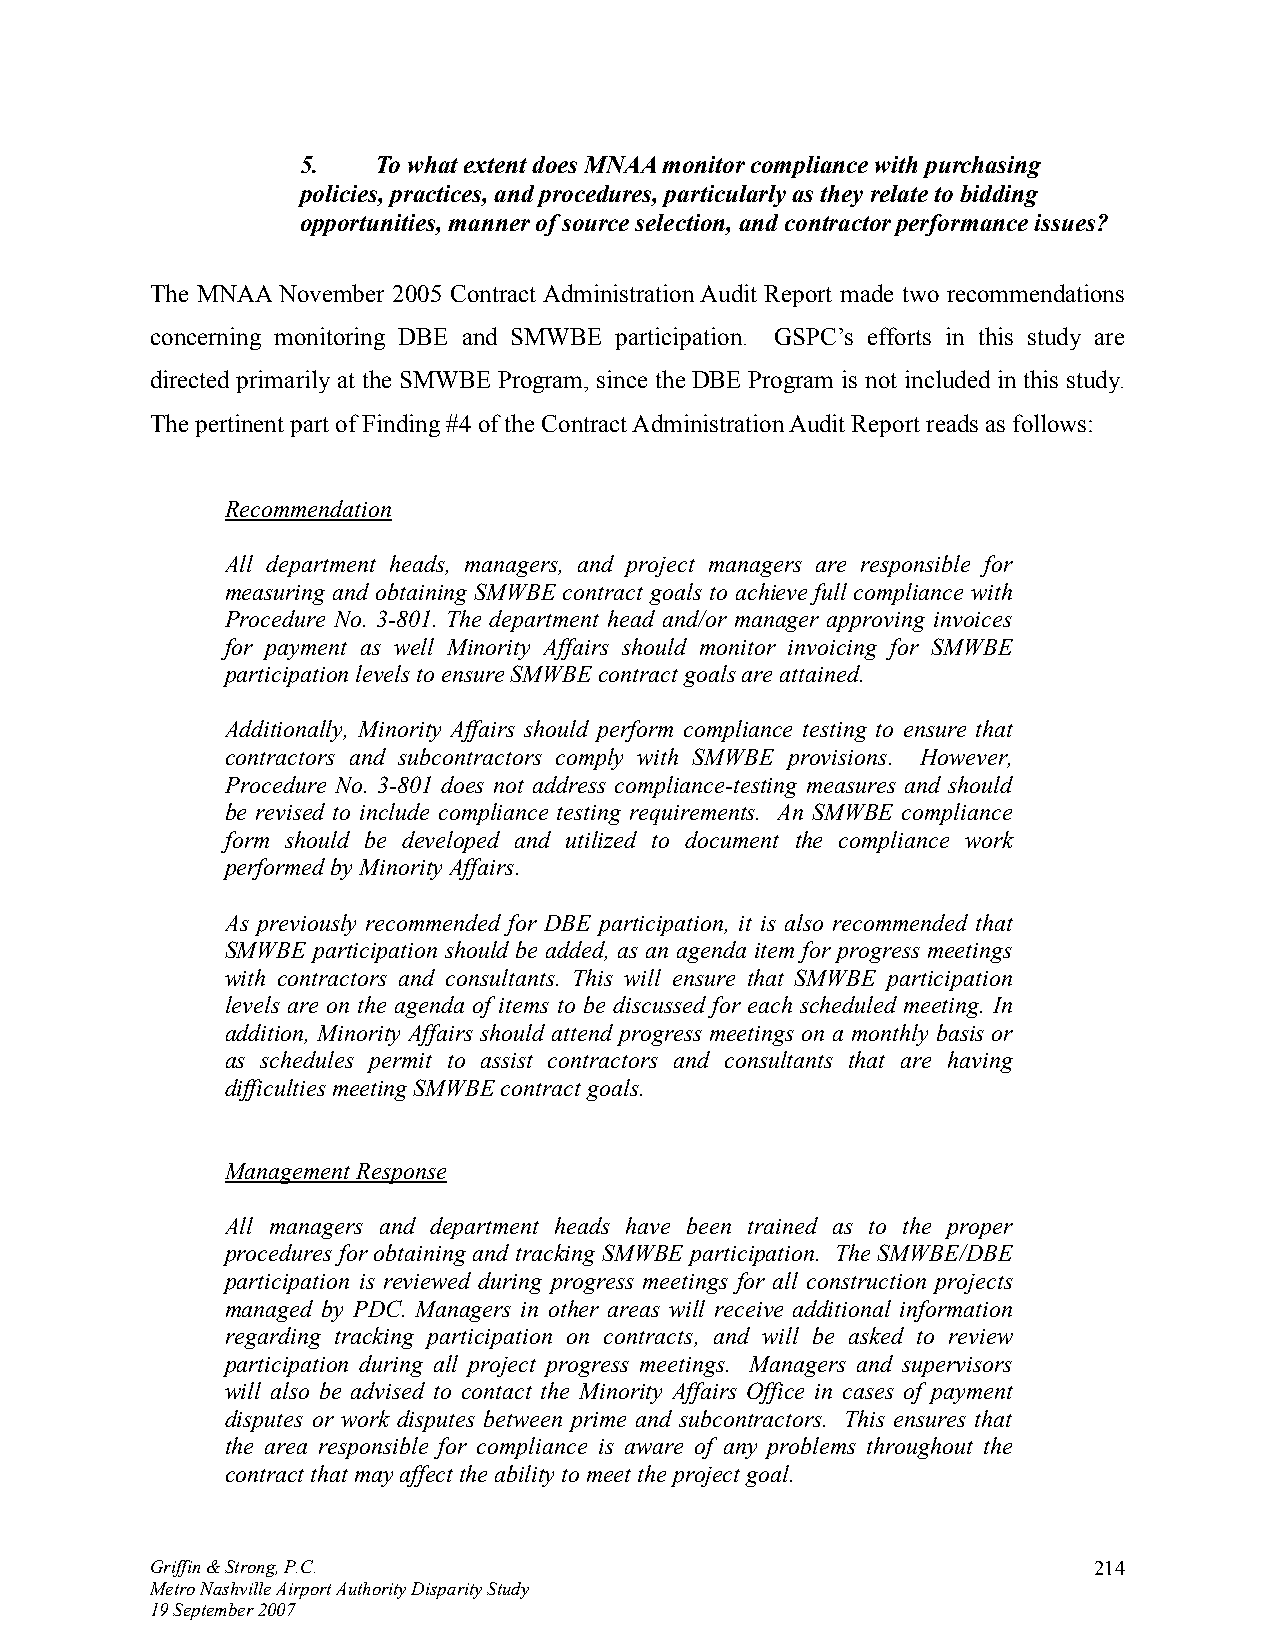
5.   To what extent does MNAA monitor compliance with purchasing
 policies, practices, and procedures, particularly as they relate to bidding
 opportunities, manner of source selection, and contractor performance issues?
 The MNAA November 2005 Contract Administration Audit Report made two recommendations
 concerning monitoring DBE and SMWBE participation. GSPC’s efforts in this study are
 directed primarily at the SMWBE Program, since the DBE Program is not included in this study.
 The pertinent part of Finding #4 of the Contract Administration Audit Report reads as follows:
 Recommendation
 All department heads, managers, and project managers are responsible for
 measuring and obtaining SMWBE contract goals to achieve full compliance with
 Procedure No. 3-801. The department head and/or manager approving invoices
 for payment as well Minority Affairs should monitor invoicing for SMWBE
 participation levels to ensure SMWBE contract goals are attained.
 Additionally, Minority Affairs should perform compliance testing to ensure that
 contractors and subcontractors comply with SMWBE provisions. However,
 Procedure No. 3-801 does not address compliance-testing measures and should
 be revised to include compliance testing requirements. An SMWBE compliance
 form should be developed and utilized to document the compliance work
 performed by Minority Affairs.
 As previously recommended for DBE participation, it is also recommended that
 SMWBE participation should be added, as an agenda item for progress meetings
 with contractors and consultants. This will ensure that SMWBE participation
 levels are on the agenda of items to be discussed for each scheduled meeting. In
 addition, Minority Affairs should attend progress meetings on a monthly basis or
 as schedules permit to assist contractors and consultants that are having
 difficulties meeting SMWBE contract goals.
 Management Response
 All managers and department heads have been trained as to the proper
 procedures for obtaining and tracking SMWBE participation. The SMWBE/DBE
 participation is reviewed during progress meetings for all construction projects
 managed by PDC. Managers in other areas will receive additional information
 regarding tracking participation on contracts, and will be asked to review
 participation during all project progress meetings. Managers and supervisors
 will also be advised to contact the Minority Affairs Office in cases of payment
 disputes or work disputes between prime and subcontractors. This ensures that
 the area responsible for compliance is aware of any problems throughout the
 contract that may affect the ability to meet the project goal.
 Griffin & Strong, P.C.                                        214
 Metro Nashville Airport Authority Disparity Study
 19 September 2007